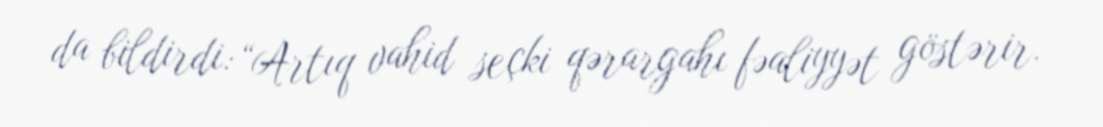
da bildirdi: “Artıq vahid seçki qərargahı fəaliyyət göstərir.